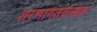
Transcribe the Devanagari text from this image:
शरणागतवत्सल